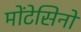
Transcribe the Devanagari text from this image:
मोंटेसिनो